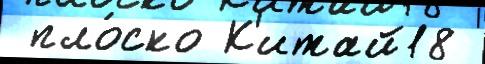
 пло́ско К'итай18